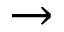
\rightarrow